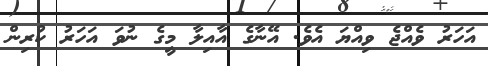
އަހަރު ވެއްޖެ ވިއްޔަ އެވެ. އޭނާގެ އާއިލާ މީގެ ނުވަ އަހަރު ކުރިން